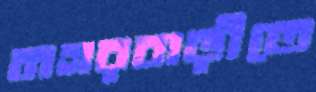
নগরবাড়ীতে